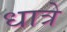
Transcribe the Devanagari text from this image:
धात्रे